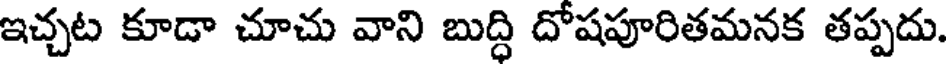
ఇచ్చట కూడా చూచు వాని బుద్ధి దోషపూరితమనక తప్పదు.